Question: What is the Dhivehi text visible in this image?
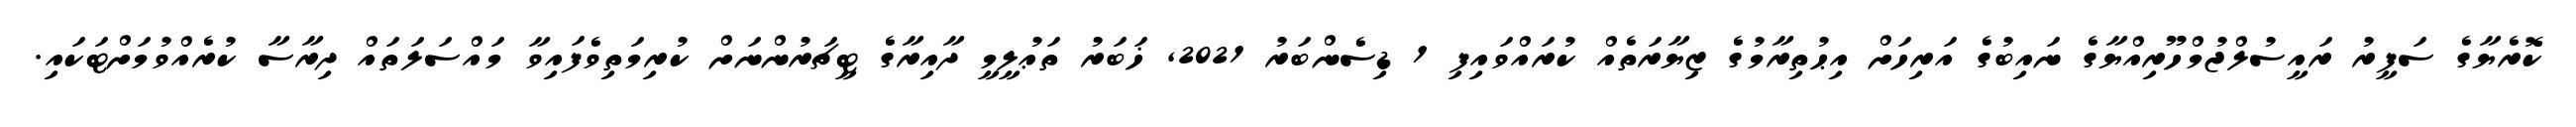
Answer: ކޮރެޔާގެ ސަފީރު ރައީސުލްޖުމްހޫރިއްޔާގެ ނައިބުގެ އަރިހަށް އިޙުތިރާމުގެ ޒިޔާރަތެއް ކުރައްވައިފި 1 ޑިސެންބަރު 2021, ޚަބަރު ތަޢުލީމީ ދާއިރާގެ ޓީޗަރުންނަށް ކުރިމަތިވެފައިވާ މައްސަލަތައް ދިރާސާ ކުރެއްވުމަށްޓަކައި.